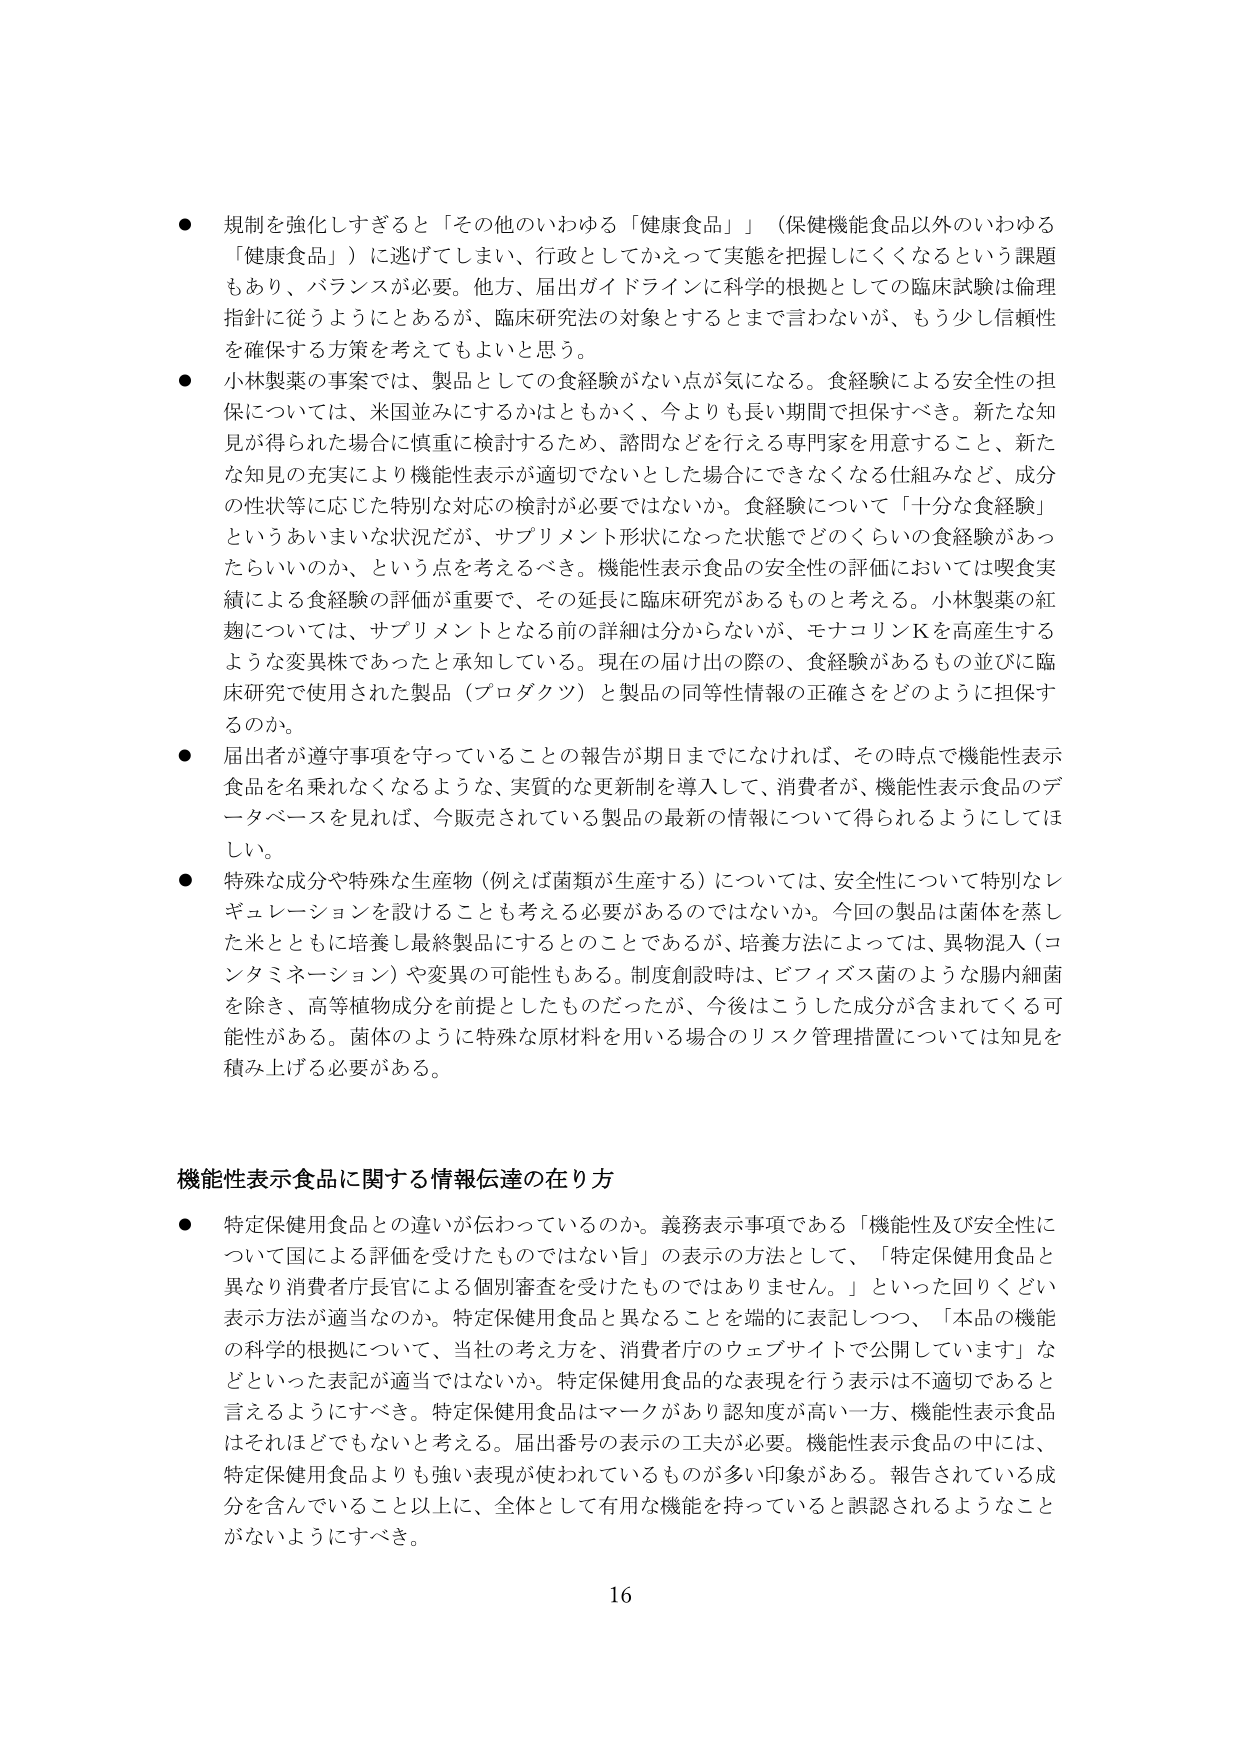
● 規制を強化しすぎると「その他のいわゆる「健康食品」」（保健機能食品以外のいわゆる「健康食品」）に逃げてしまい、行政としてかえって実態を把握しにくくなるという課題もあり、バランスが必要。他方、届出ガイドラインに科学的根拠としての臨床試験は倫理指針に従うようにとあるが、臨床研究法の対象とするとはまて言わないが、もう少し信頼性を確保する方策を考えてもらいたいと思う。

● 小林製薬の事案では、製品としての食経験がない点が気になる。食経験による安全性の担保については、米国並みにするかはともかく、今よりも長い期間で担保すべき。新たな知見が得られた場合に慎重に検討するため、諮問などを行える専門家を用意すること、新たな知見の充実により機能性表示が適切でないとした場合にできなくなる仕組みなど、成分の性状等に応じた特別な対応の検討が必要ではないか。食経験について「十分な食経験」というあいまいな状況だが、サプリメント形状になった状態でどのくらいの食経験があったらいいのか、という点を考えるべき。機能性表示食品の安全性の評価においては喫食実績による食経験の評価が重要で、その延長に臨床研究があるものと考える。小林製薬の紅麹については、サプリメントとなる前の詳細は分からないが、モナコリンKを高産生するような変異株であったと承知している。現在の届け出の際の、食経験があるもの並びに臨床研究で使用された製品（プロダクツ）と製品の同等性情報の正確さをどのように担保するのか。

● 届出者が遵守事項を守っていることの報告が期日までになければ、その時点で機能性表示食品を名乗れなくなるような、実質的な更新制を導入して、消費者が、機能性表示食品のデータベースを見れば、今販売されている製品の最新の情報について得られるようにしてほしい。

● 特殊な成分や特殊な生産物（例えば菌類が生産する）については、安全性について特別なレギュレーションを設けることも考える必要があるのではないか。今回の製品は菌体を蒸した米とともに培養し最終製品にすることのことであるが、培養方法によっては、異物混入（コントタミネーション）や変異の可能性もある。制度創設時は、ビフィズス菌のような腸内細菌を除き、高等植物成分を前提としたものだったが、今後はこうした成分が含まれてくる可能性がある。菌体のように特殊な原材料を用いる場合のリスク管理措置については知見を積み上げる必要がある。

機能性表示食品に関する情報伝達の在り方

● 特定保健用食品との違いが伝わっているのか。義務表示事項である「機能性及び安全性について国による評価を受けたものではない旨」の表示の方法として、「特定保健用食品と異なり消費者庁長官による個別審査を受けたものではありません。」といった回りくどい表示方法が適当なのか。特定保健用食品と異なることを端的に表記しつつ、「本品の機能の科学的根拠について、当社の考え方を、消費者庁のウェブサイトで公開しています」などといった表記が適当ではないか。特定保健用食品的な表現を行う表示は不適切であると言えるようにすべき。特定保健用食品はマークがあり認知度が高い一方、機能性表示食品はそれほどでもないと考える。届出番号の表示の工夫が必要。機能性表示食品の中には、特定保健用食品よりも強い表現が使われているものが多い印象がある。報告されている成分を含んでいること以上に、全体として有用な機能を持っていると誤認されるようなことがないようにすべき。

16